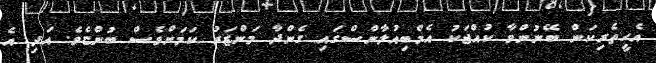
އެހީތެރިކަން ބޭނުންވާ ކުއްޖަކު އެމްބިއުލާންސްގަައި ގެންދާ މަންޒަރު ކަމަށްވެސް ބުންޏެވެ. އަދި އެ